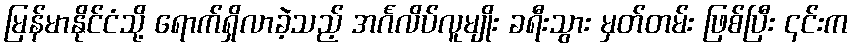
မြန်မာနိုင်ငံသို့ ရောက်ရှိလာခဲ့သည့် အင်္ဂလိပ်လူမျိုး ခရီးသွား မှတ်တမ်း ဖြစ်ပြီး ၎င်းက